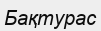
Бақтурас